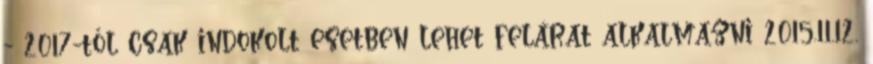
- 2017-től csak indokolt esetben lehet felárat alkalmazni 2015.11.12.